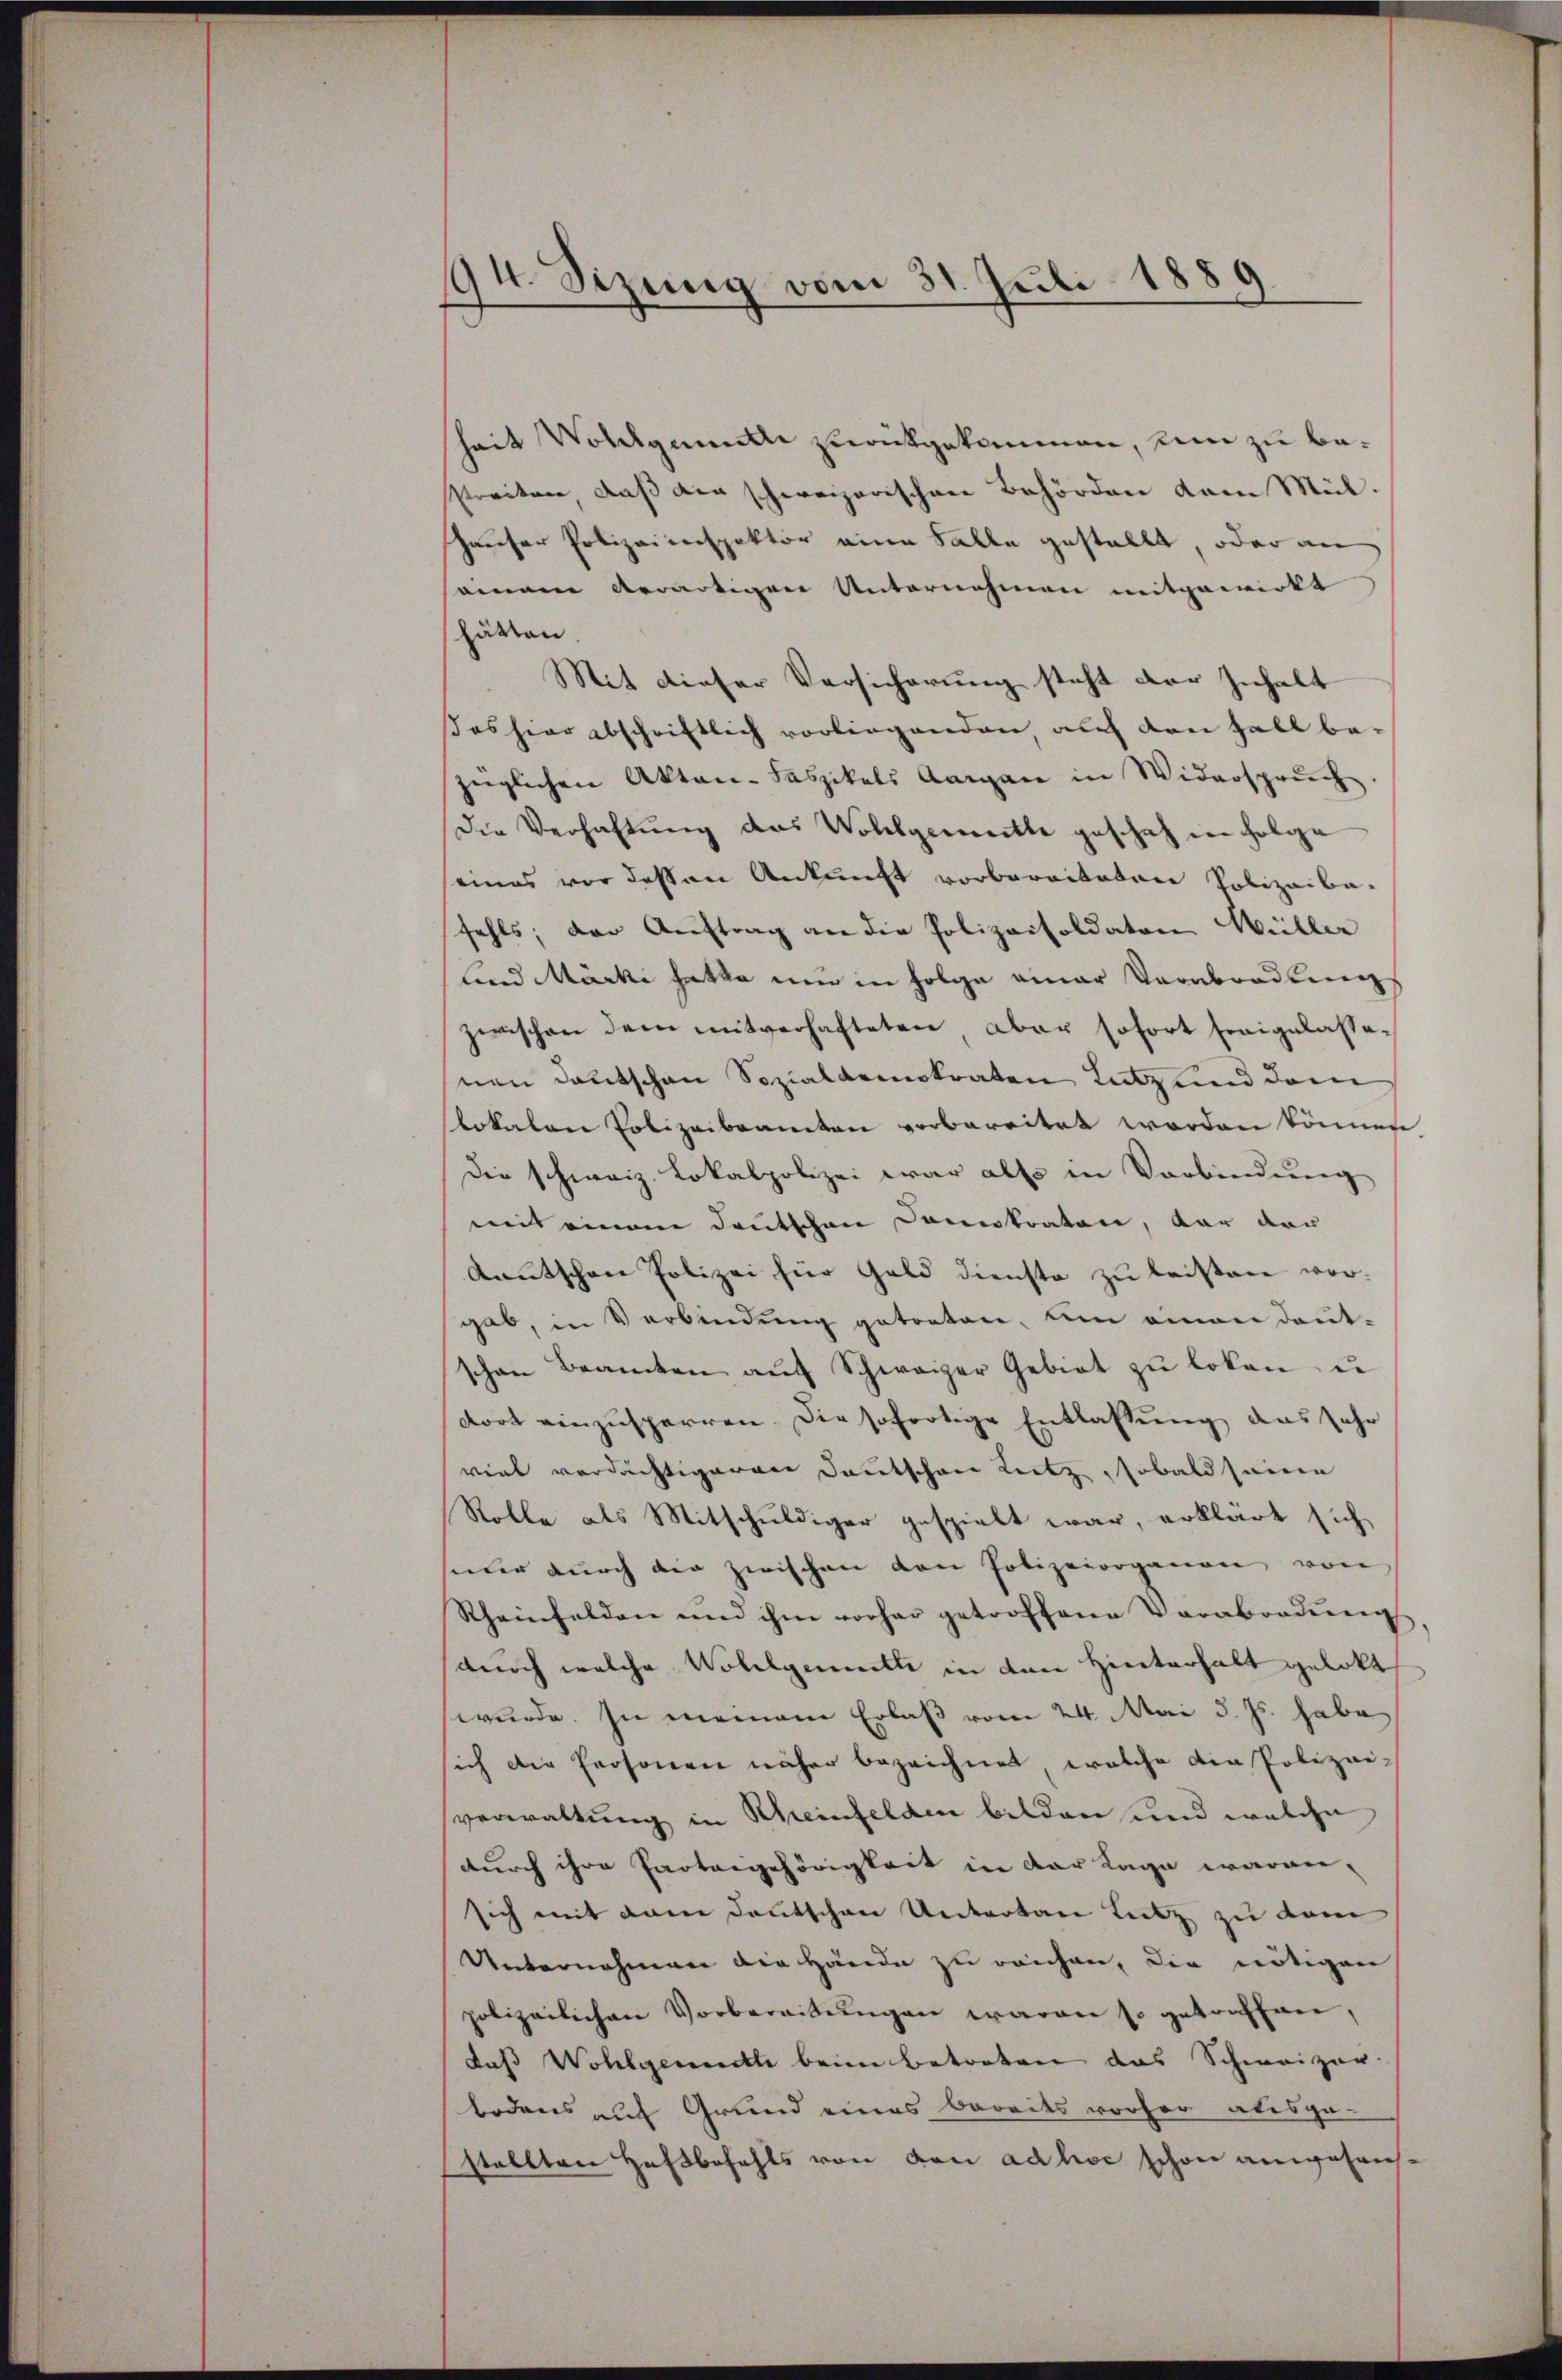
194. Sizung vom 31. Juli 1889.

heit Voldgumitte zurückgekommen, um zu bestreiten, daß die schweizerischen Behörden dem Mülhauser Polizeiinspektor eine Falle gestellt, oder an
samen erwärtigen Unternehmen mitgewirkt
hätten.
Mit dieser Versicherung steht der Inhalt
das hier abschriftlich vorliegenden auf den Fall be-
züglichen Akten-Faszikels Aargare in Widerspruch
Die Verhaltung das Wohlgemuthe geschah in Folge
eines vor dessen Ankunft vorbereiteten Polizeiba-
fehls, der Auftrag an die Polizeisoldaten Wüller
lind Märki hatte nur in Folge einer Vorabordnung
zwischen dem mitverhafteten aber sofort freigelassenen Deutschen Sozialdemokraten Lutz und dem
lokalen Polizeibeamten vorbereitet worden können,
Die schweiz. Lokalpolizei war also in Verbindŭng
mit einem Deutschen Dannkraten, dar der
Kautschen Polizei für Geld dienste zu leisten wor-
gab, in Verbindŭng getreten, um einen deut-
schen Beamten aŭf Schweizer Gebiet zŭ loken, u
dort einzusperren. Die sofortige Entlassung das sehr
viel verdächtigeren Deutschen Lietz, sobald seine
Rolle als Mitschuldiger gespielt war, erklärt sich
nur durch die zwischen von Polizeiorganen von
Rheinfelden und ihm vorher getroffene Vorabordnun
durch welche Wollgemette in den Hinterhalt gelobt
wurde. In meinem Erlaß vom 24. Mai d. Js. habe
sich die Personen näher bezeichnet, welche die Polizei-
verwaltung in Rheinfelden bilden und welche
durch ihre Parteigehörigkeit in der Lage waren-
sich mit dem Deutschen Untertan Lutz zu vom
Unternehmen die Hände zu reichen, die nötigen
polizeilichen Vorbereitŭngen waren so getroffen,
daß Wohlgemuth beim betreten das Schweizer.
bodens auf Grund eines bereits vorher abesga-
stellten Haftbefehls von den adhoc schon anwesens-